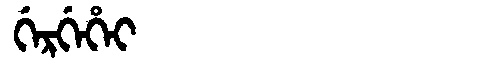
Manchu: ᡤᡝᡵᡤᡝᡥᡝᡳ
Romanization: GERGEHEI